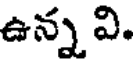
ఉన్న వి.